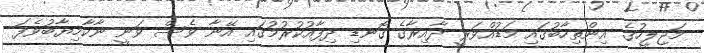
މަޖިލީހުގެ އިންތިހާބުގައި މަޑުއްވަރީ ދާއިރާގެ ގޮނޑި ދިފާއުކުރުމުގައި އޭނާ ވެސް ވަނީ ނާކާމިޔާބުވެފަ